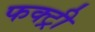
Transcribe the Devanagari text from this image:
फक्ट्री